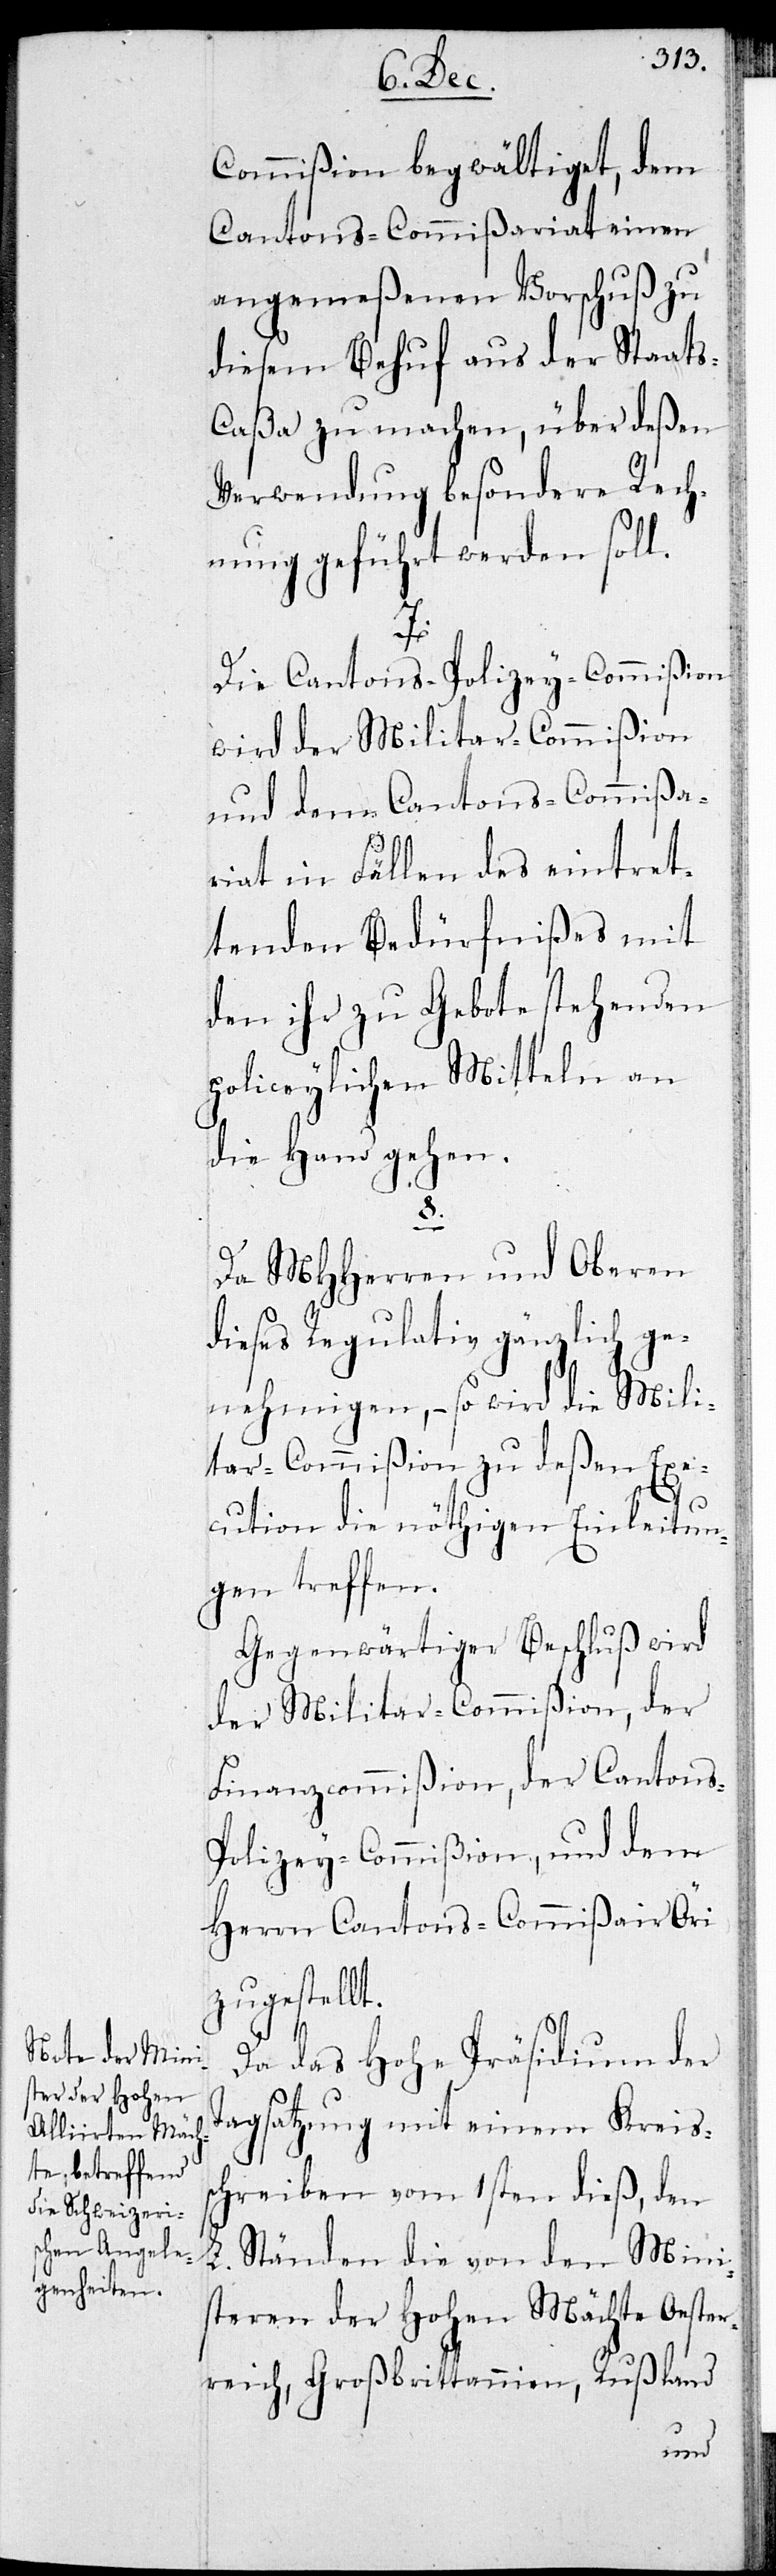
Commißion begwältiget, dem
Cantons-Commißariat einen
angemeßenen Vorschuß zu
diesem Behuf aus der Staat¬
aßa zu machen, über deßen
Verwendung besondere Rech¬
nung geführt werden soll.
7.
Die Cantons-Polizey-Commißion
wird der Militar-Commißion
und dem Cantons-Commißa¬
riat in Fällen des eintret¬
tenden Bedürfnißes mit
den ihr zu Gebote stehenden
polizeylichen Mitteln an
die Hand gehen.
8.
Da MHHerren und Oberen
dieses Regulativ gänzlich ge¬
nehmigen, – so wird die Mili¬
tar-Commißion zu deßen Exe¬
cution die nöthigen Einleitun¬
gen treffen.
Gegenwärtiger Beschluß wird
der Militar-Commißion, der
Finanzcommißion, der Cantons-P¬
olizey-Commißion, und dem
Herrn Cantons-Commißair Öri
zugestellt.
Da das Hohe Präsidium der
Tagsatzung mit einem Kreis¬
schreiben vom 1sten dieß, den
L. Ständen die von den Mini¬
steren der Hohen Mächte Oester¬
reich, Großbritannien, Rußland